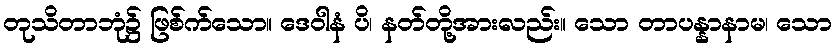
တုသိတာဘုံ၌ ဖြစ်က်သော။ ဒေဝါနံ ပိ၊ နတ်တို့အားလည်း။ သော တာပန္နာနာမ၊ သော